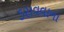
ડરાવવાના